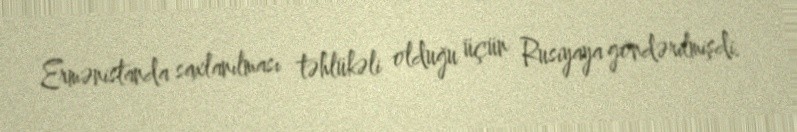
Ermənistanda saxlanılması təhlükəli olduğu üçün Rusiyaya göndərilmişdi.